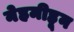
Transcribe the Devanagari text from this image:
नेहमीहून